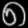
Digit: ၈